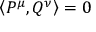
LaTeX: \left\langle P ^ { \mu } , Q ^ { \nu } \right\rangle = 0